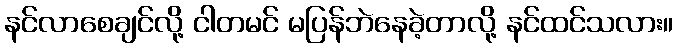
နင်လာစေချင်လို့ ငါတမင် မပြန်ဘဲနေခဲ့တာလို့ နင်ထင်သလား။